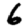
Digit: 6